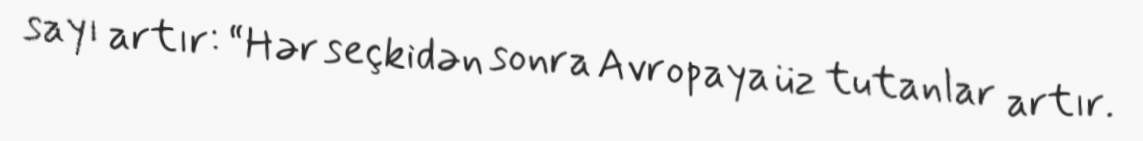
sayı artır: “Hər seçkidən sonra Avropaya üz tutanlar artır.